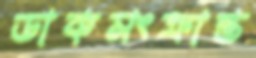
ডাকসংক্রান্ত